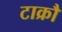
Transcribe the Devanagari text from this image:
टाक्रौ